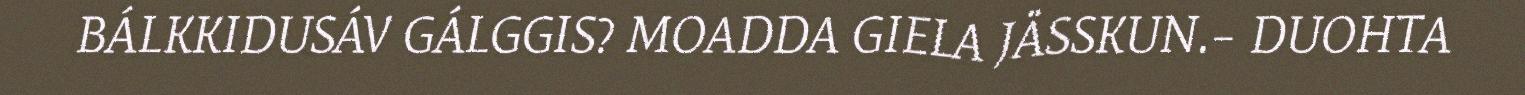
BÁLKKIDUSÁV GÁLGGIS? MOADDA GIELA JÄSSKUN.– DUOHTA